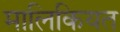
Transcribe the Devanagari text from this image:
मालिकियत